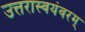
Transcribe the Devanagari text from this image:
उत्तरास्वयंवरम्